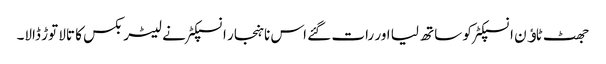
جھٹ ٹاﺅن انسپکٹر کو ساتھ لیا اور رات گئے اس ناہنجار انسپکٹر نے لیٹر بکس کا تالا توڑ ڈالا۔